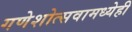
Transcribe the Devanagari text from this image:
गणेशोत्सवामध्येही